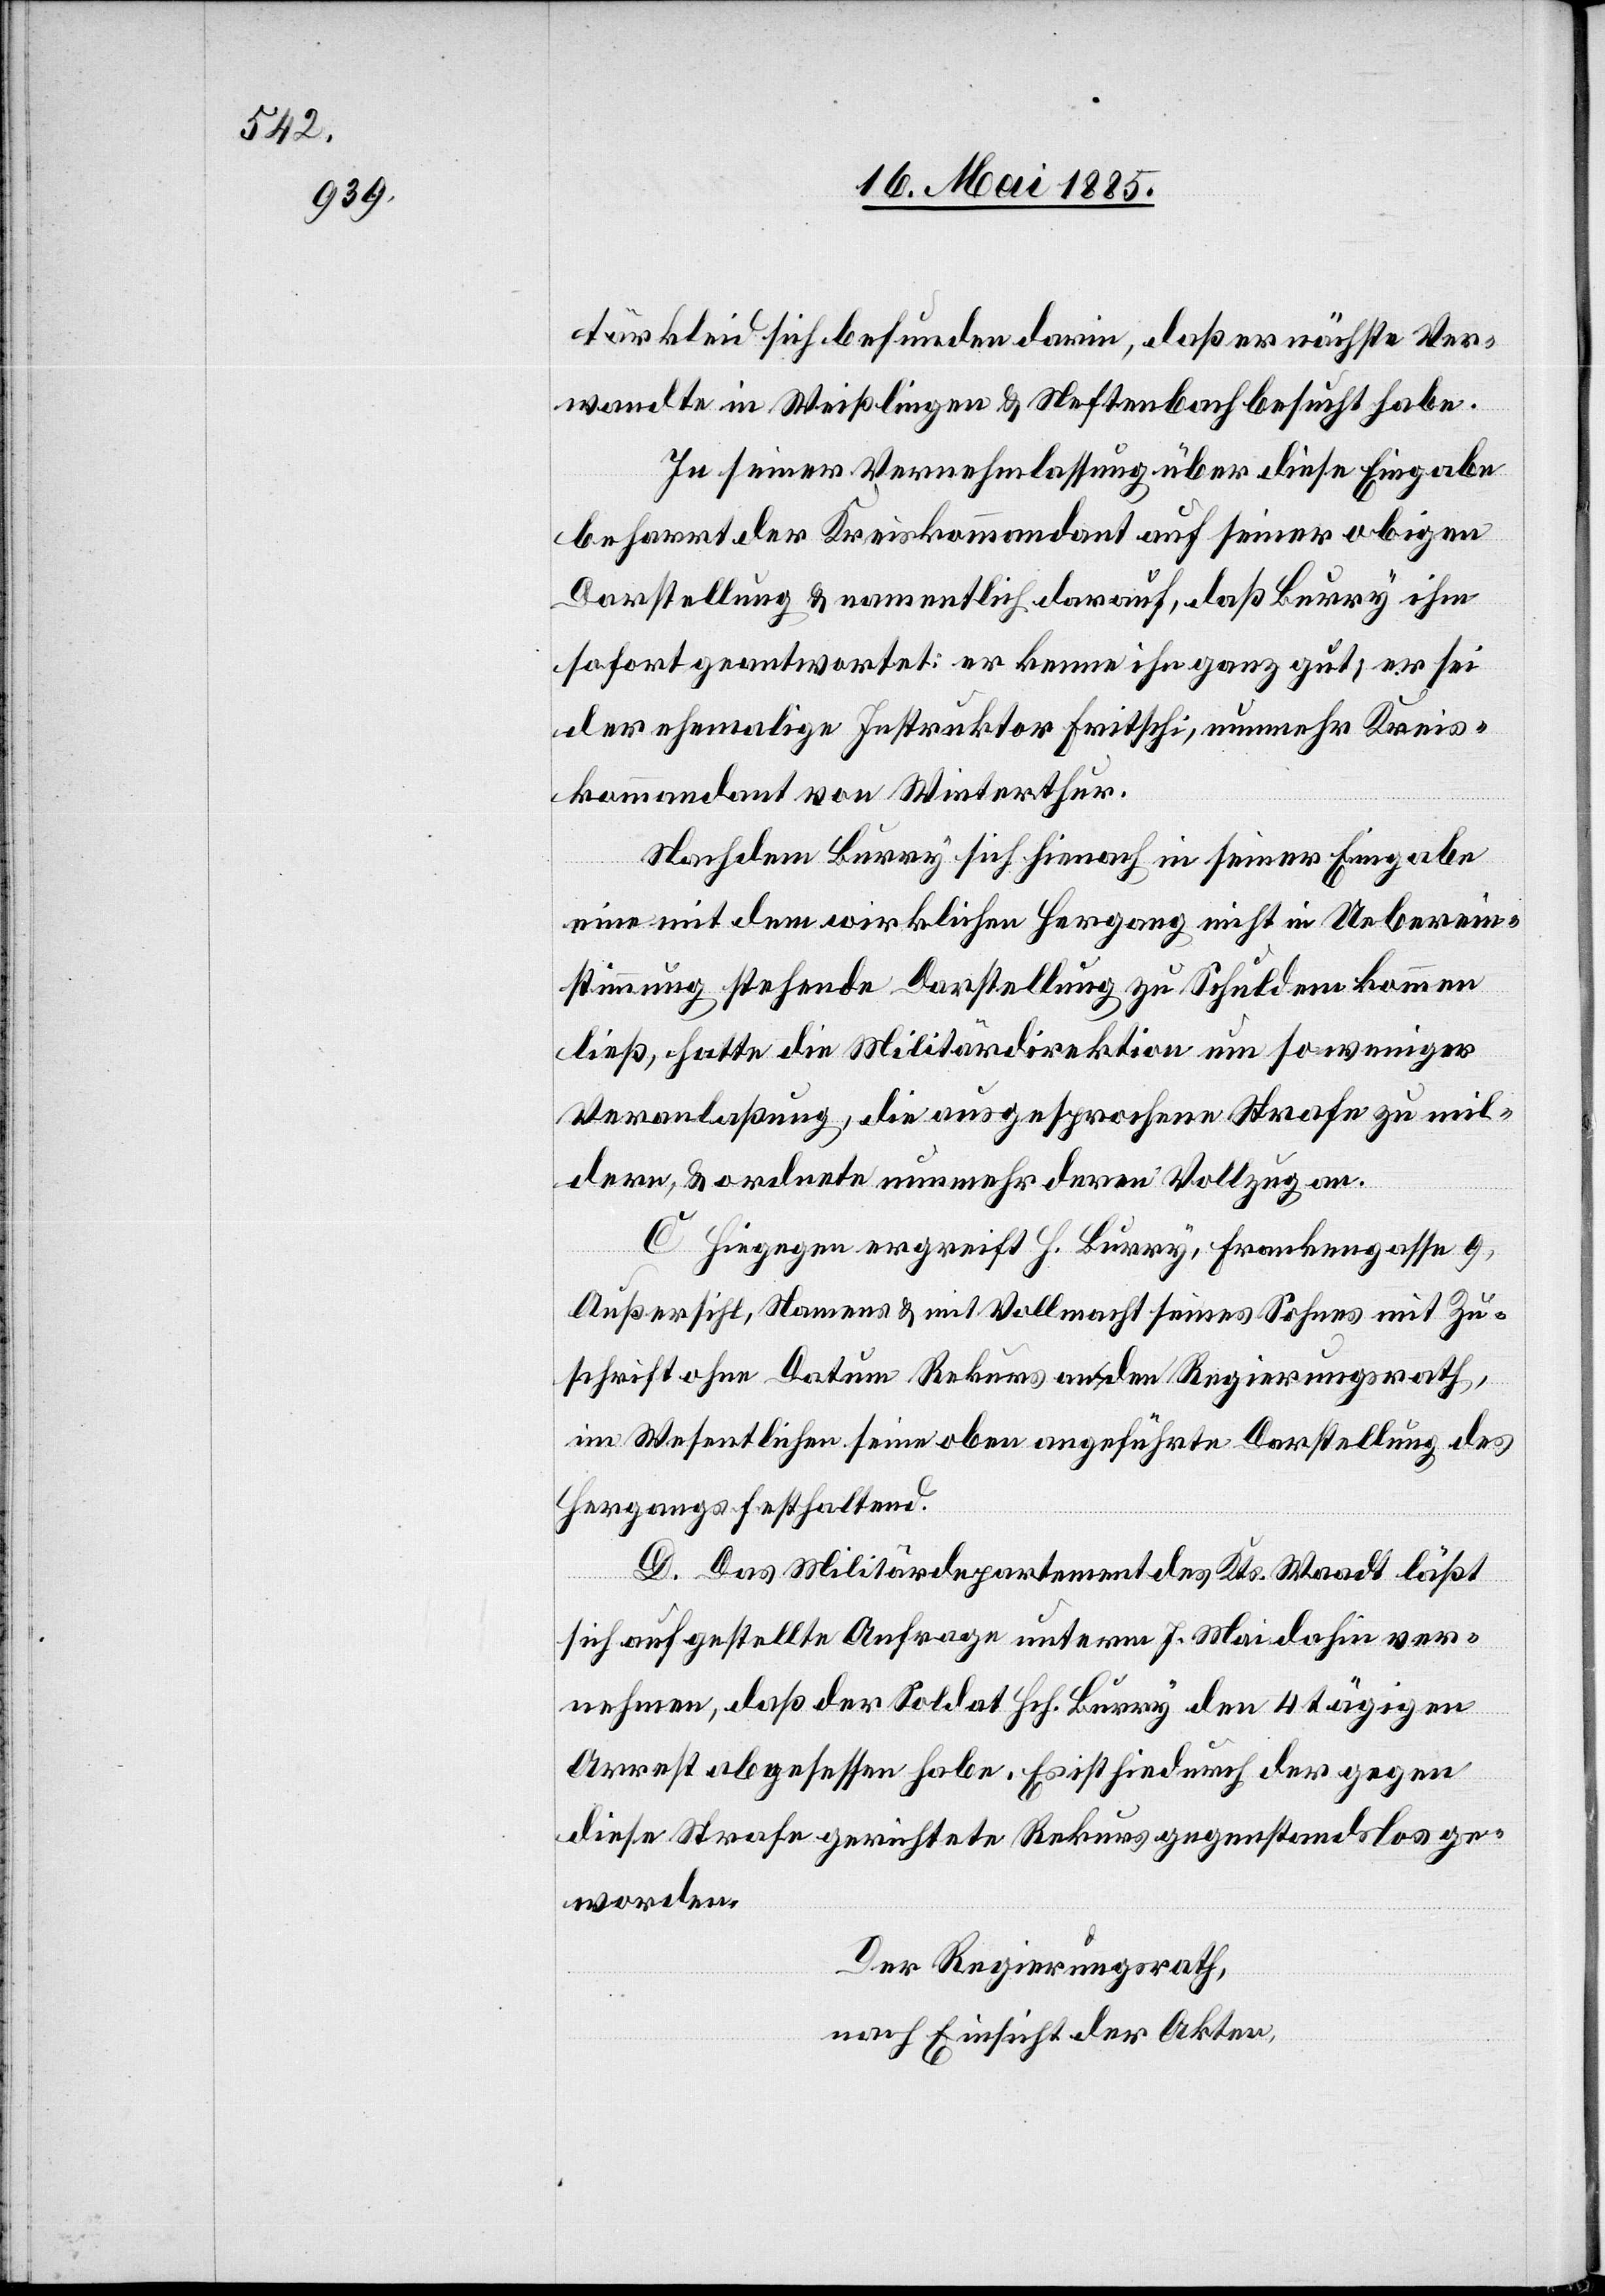
tärkleid sich befunden darin, daß er nächste Ver¬
wandte in Weißlingen & Neftenbach besucht habe.
In seiner Vernehmlassung über diese Eingabe
beharrt der Kreiskommandant auf seiner obigen
Darstellung & namentlich darauf, daß Burry ihm
sofort geantwortet: er kenne ihn ganz gut; er sei
der ehemalige Instruktor Fritschi, nunmehr Kreis¬
kommandant von Winterthur.
Nachdem Burry sich hienach in seiner Eingabe
eine mit dem wirklichen Hergang nicht in Ueberein¬
stimmung stehende Darstellung zu Schulden kommen
ließ, hatte die Militärdirektion um so weniger
Veranlaßung, die ausgesprochene Strafe zu mil¬
dern, & ordnete nunmehr den Vollzug an.
C. Hiegegen ergreift H. Burry, Frankengasse 9,
Außersihl, Namens & mit Vollmacht seines Sohnes mit Zu¬
schrift ohne Datum Rekurs an den Regierungsrath,
im Wesentlichen seine oben angeführte Darstellung des
Hergangs festhaltend.
D. Das Militärdepartement des Kts. Waadt läßt
sich auf gestellte Anfrage unterm 7. Mai dahin ver¬
nehmen, daß der Soldat Hch. Burry den 4tägigen
Arrest abgesessen habe. Es ist hiedurch der gegen
diese Strafe gerichtete Rekurs gegenstandslos ge¬
worden.
Der Regierungsrath,
nach Einsicht der Akten,